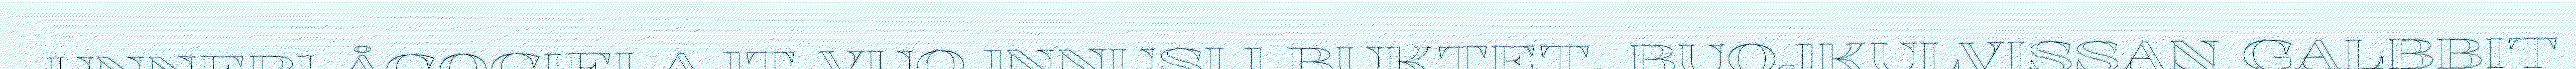
UNNEPLÅGOGIELAJT VUOJNNUSIJ BUKTET, BUOJKULVISSAN GALBBIT